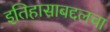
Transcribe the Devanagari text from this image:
इतिहासाबद्दलचा